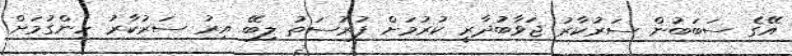
އޭގެ ސަބަބުން ސަރުކާރު ޖަވާބުދާރީ ކުރުމަށް ފުރުސަތު ލިބޭ އިރު ސަރުކާރު ހިންގުމަށް